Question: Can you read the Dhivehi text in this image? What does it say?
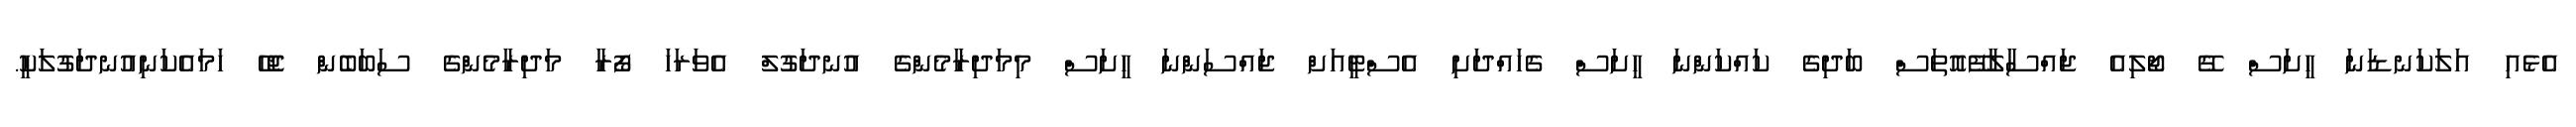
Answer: އެޅެއި އަލަކަނޑަނަ ހީށަސް ގޭ ޖޯލިއެ ޖައްސާލާފޭއޮތަސް ބަދިގެ ކައްކަންނަ ހީށަސް ގެހައްދަށި އެސްޓީއަށް ޖައްސަންނަ ހީށަސް މިމަދިރާމެންގެ އުނދަގުލް އެވަރަހަ ފޯރާ މަދިރާމެންގެ ސަބަބެން ޖެހޭ ހަމައެކަނިއުނދަގުލަކީ.